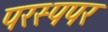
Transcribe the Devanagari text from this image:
परस्पपर